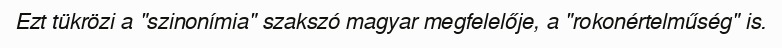
Ezt tükrözi a "szinonímia" szakszó magyar megfelelője, a "rokonértelműség" is.